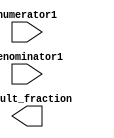
module Fractional_Divider (
    input [7:0] numerator1,
    input [7:0] denominator1,
    output reg [15:0] result_fraction
);

reg [7:0] numerator_binary;
reg [7:0] denominator_binary;
reg [7:0] quotient_binary;
reg [15:0] fraction_division_result;

always @ (numerator1, denominator1) begin
    numerator_binary = $signed(numerator1);
    denominator_binary = $signed(denominator1);
    
    quotient_binary = numerator_binary / denominator_binary;
    
    fraction_division_result = quotient_binary;
end

endmodule